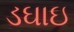
ડઘાઇ